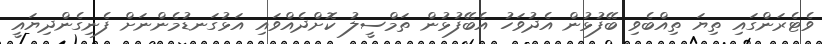
ވެޓެރަންގައި ތިޔަ ތިއްބެވި ބޭފުޅުން އެދުވަހު އެބޭފުޅުން ތަމްސީލު ކޮށްދެއްވައި އަޅުގަނޑުމެންނަށް ފެނިގެންދިޔައީ